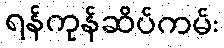
ရန်ကုန်ဆိပ်ကမ်း